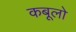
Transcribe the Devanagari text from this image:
कबूलो